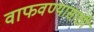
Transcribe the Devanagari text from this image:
वाफवण्यासाठी